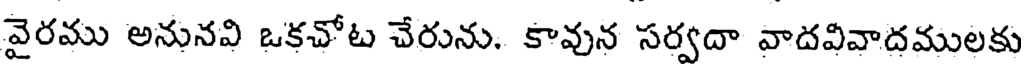
వైరము అనునవి ఒకచోట చేరును. కావున సర్వదా వాదవివాదములకు